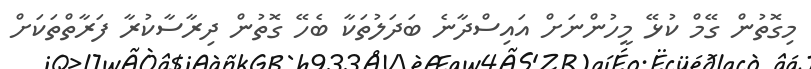
މިގޮތުން ގޭމް ކުޅޭ މީހުންނަށް އައިސްދާނެ ބަދަލުތަކާ ބެހޭ ގޮތުން ދިރާސާކުރާ ފަރާތްތަކަށް